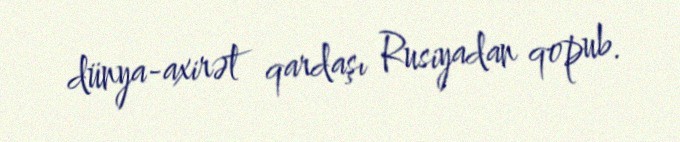
dünya-axirət qardaşı Rusiyadan qopub.